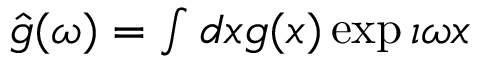
\begin{array} { r } { \hat { g } ( \omega ) = \int d x g ( x ) \exp { \imath \omega x } } \end{array}